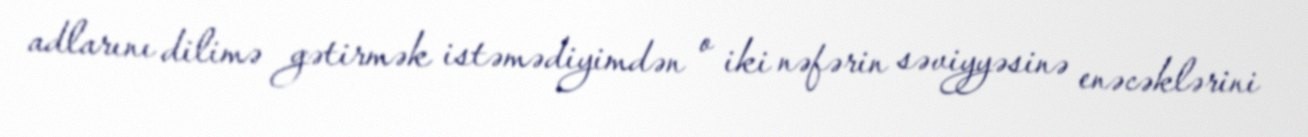
adlarını dilimə gətirmək istəmədiyimdən o iki nəfərin səviyyəsinə enəcəklərini